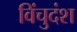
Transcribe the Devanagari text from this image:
विंचुदंश